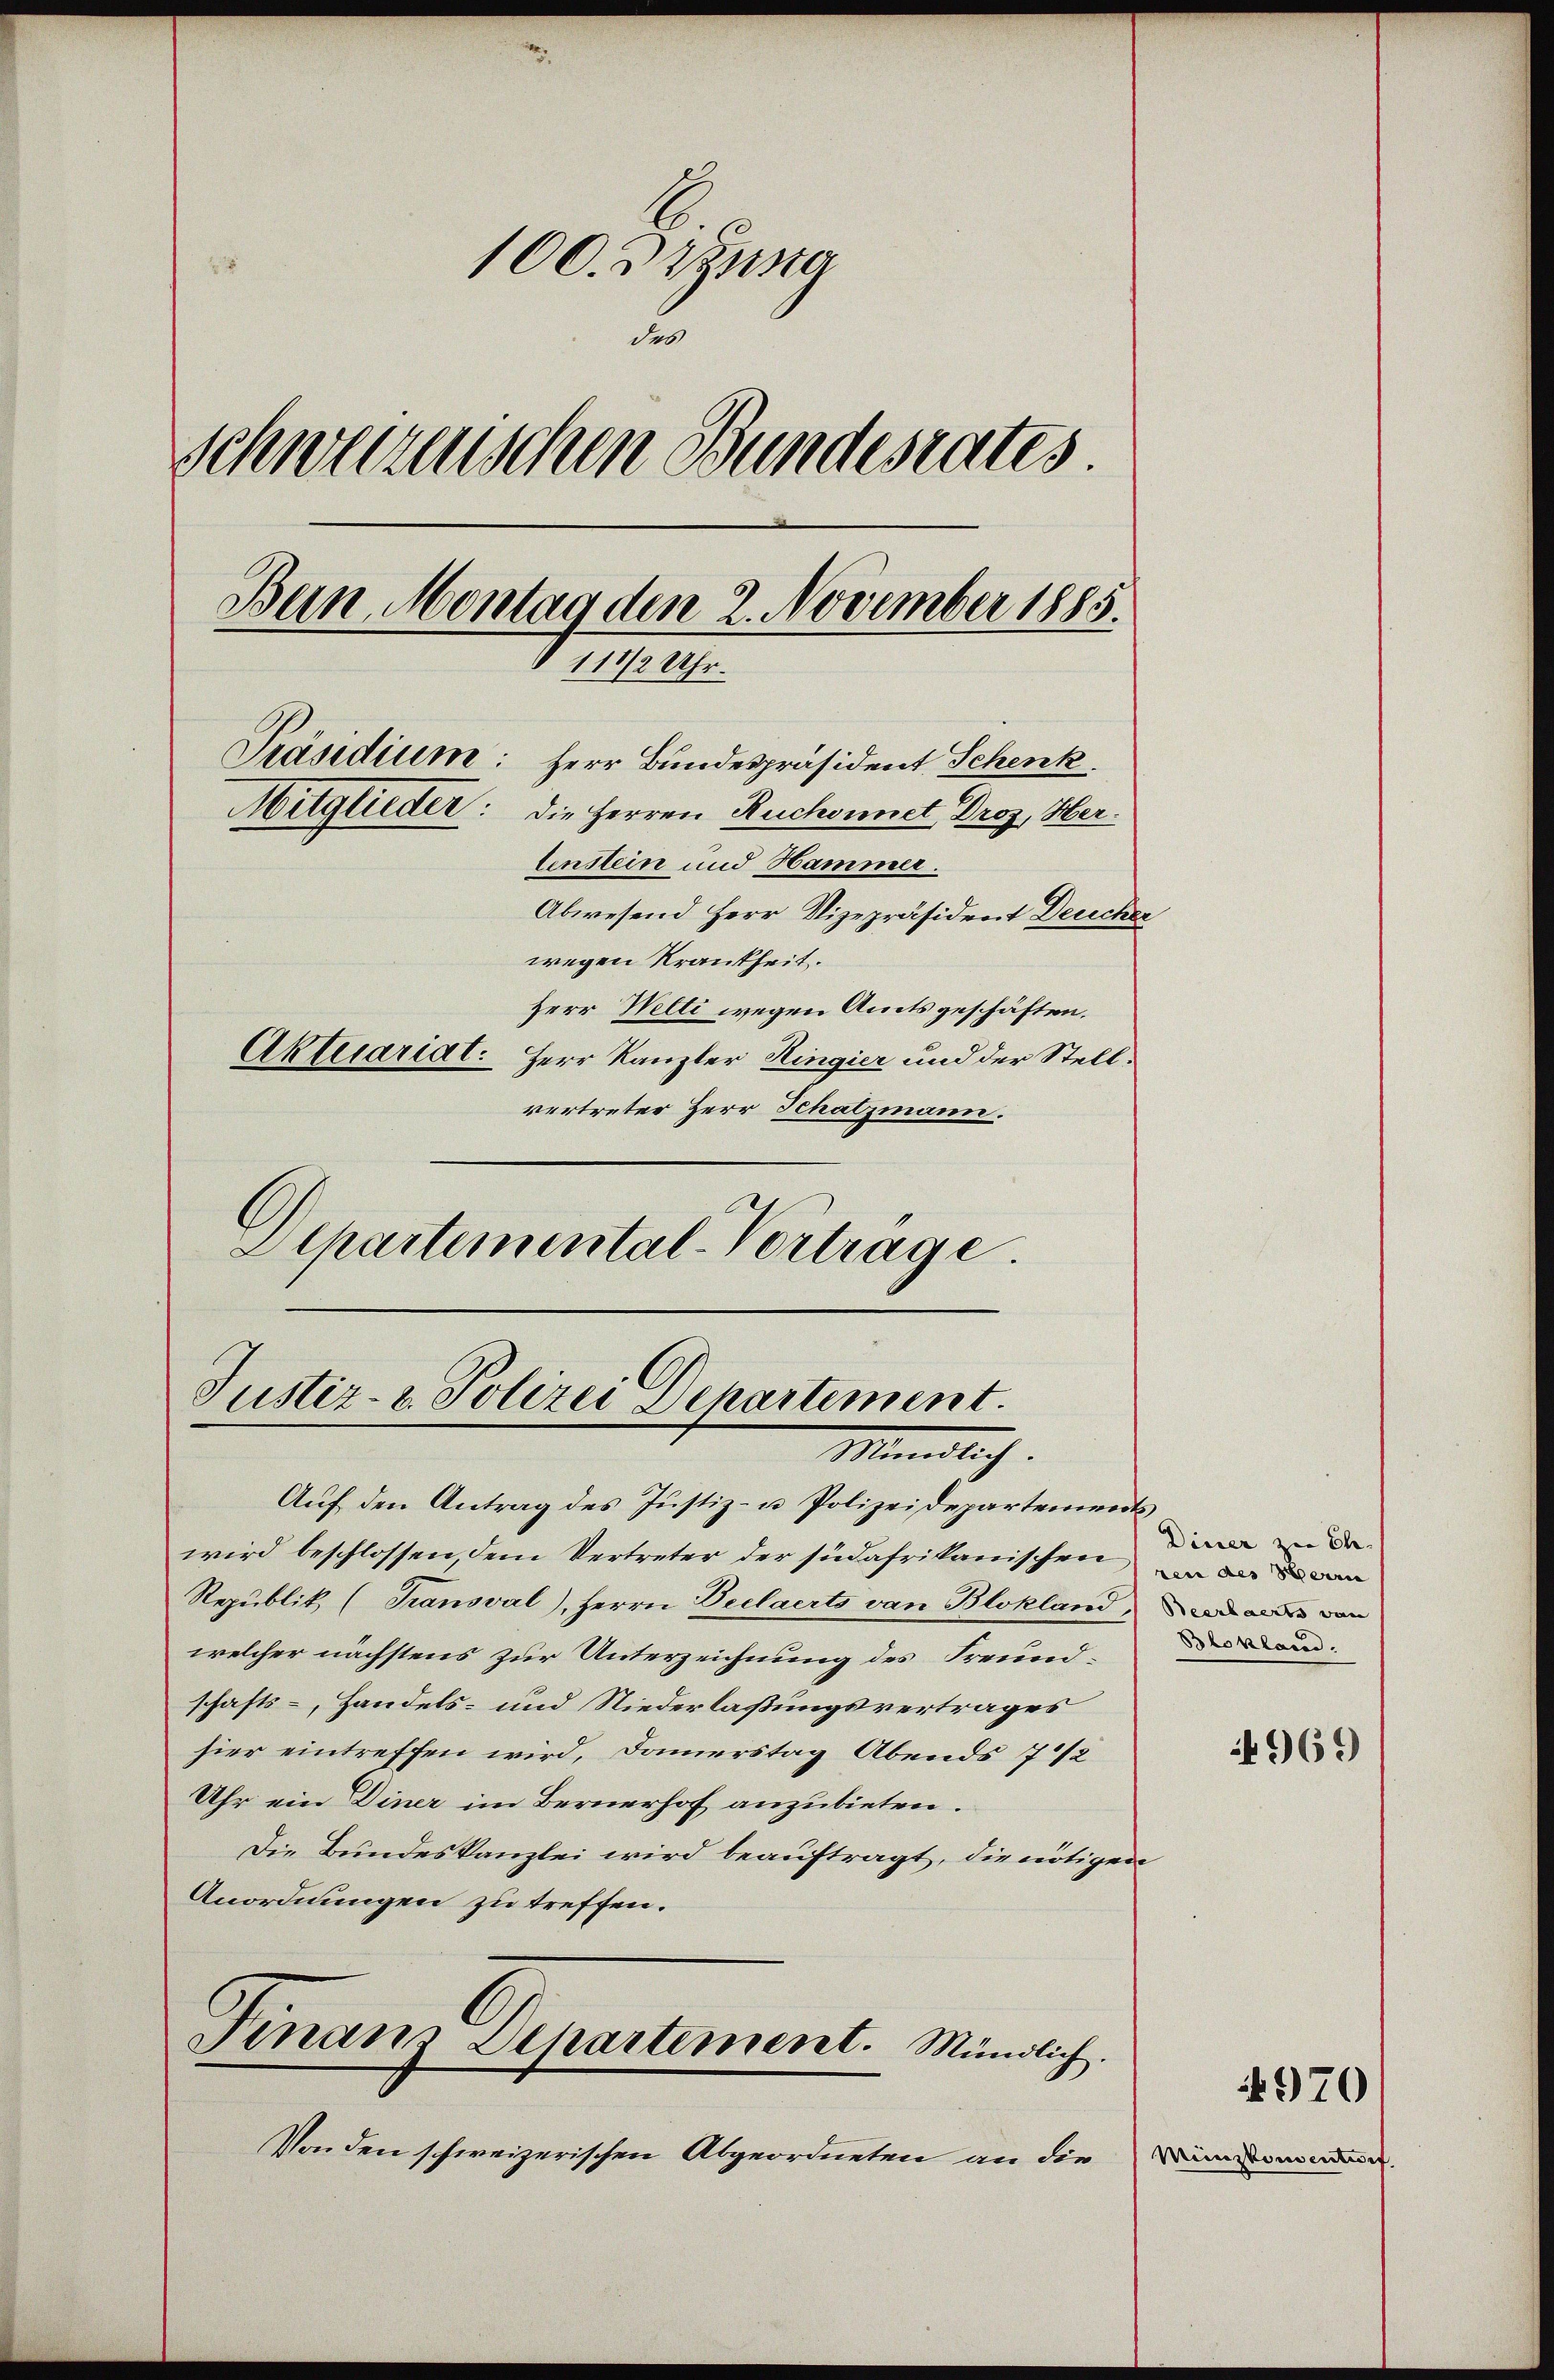
Departemental-Vortrage.

100. Dizung
u
Schweizerischen Bundesrates.
Bein Montag den 2. November 1885.
118/2 Uhr.
Präsidium: Herr Bundespräsident Schenk
Mitglieder: die Herren Ruchounct Droz, Hertenstein und Hammer.
Abwesend Herr Vizepräsident Deucher
wegen Krankheit.
Herr Welti wegen Amtsgeschäften.
Aktuariat. Herr Kanzler Ringier und der Stellvertreter Herr Schatzmann.

Justiz- & Polizei Departement.
Mündlich.

Aŭf den Antrag des Justiz- u. Polizeidepartenwarts
wird beschlossen, dem Vertreter der südafrikanischen an den
Republik, (Transval), Herrn Declaerts von Blokland, alle von
welcher nächstens zur Unterzeichnung des Freundschafts-, Handels- und Niederlaßungsvertrages
hier eintreffen wird, Damerstag Abends 7 1/2
Uhr ein Diner im Bernerhof anzubieten.
Die Bundeskanzlei wird beauftragt, die nötigen
Anordnungen zu treffen.

Finanz Departement. Mündlich.

Von den schweizerischen Abgeordneten an die

Dieser zu Ch.
Blokland.

969

970)

Minskonsention